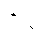
ပိင